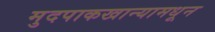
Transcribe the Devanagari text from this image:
मुदपाकखान्यामधून